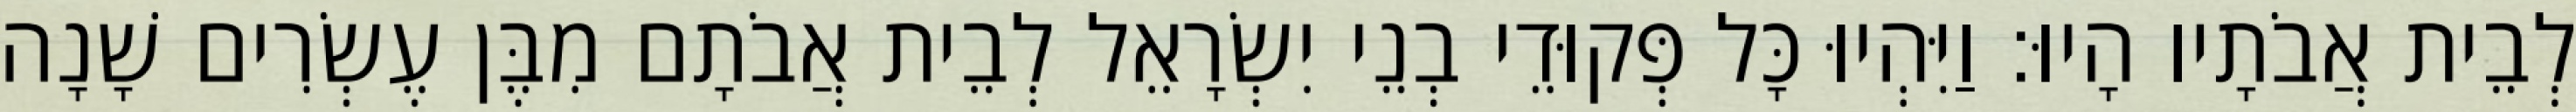
לְבֵית אֲבֹתָיו הָיוּ׃ וַיִּהְיוּ כָּל פְּקוּדֵי בְנֵי יִשְׂרָאֵל לְבֵית אֲבֹתָם מִבֶּן עֶשְׂרִים שָׁנָה